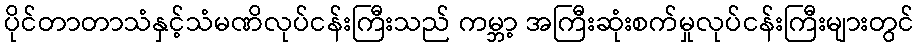
ပိုင်တာတာသံနှင့်သံမဏိလုပ်ငန်းကြီးသည် ကမ္ဘာ့ အကြီးဆုံးစက်မှုလုပ်ငန်းကြီးများတွင်